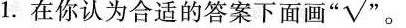
1.在你认为合适的答案下面画”√”。